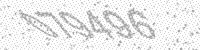
Solution: 079496